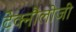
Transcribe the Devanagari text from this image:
टेक्नौलोजी